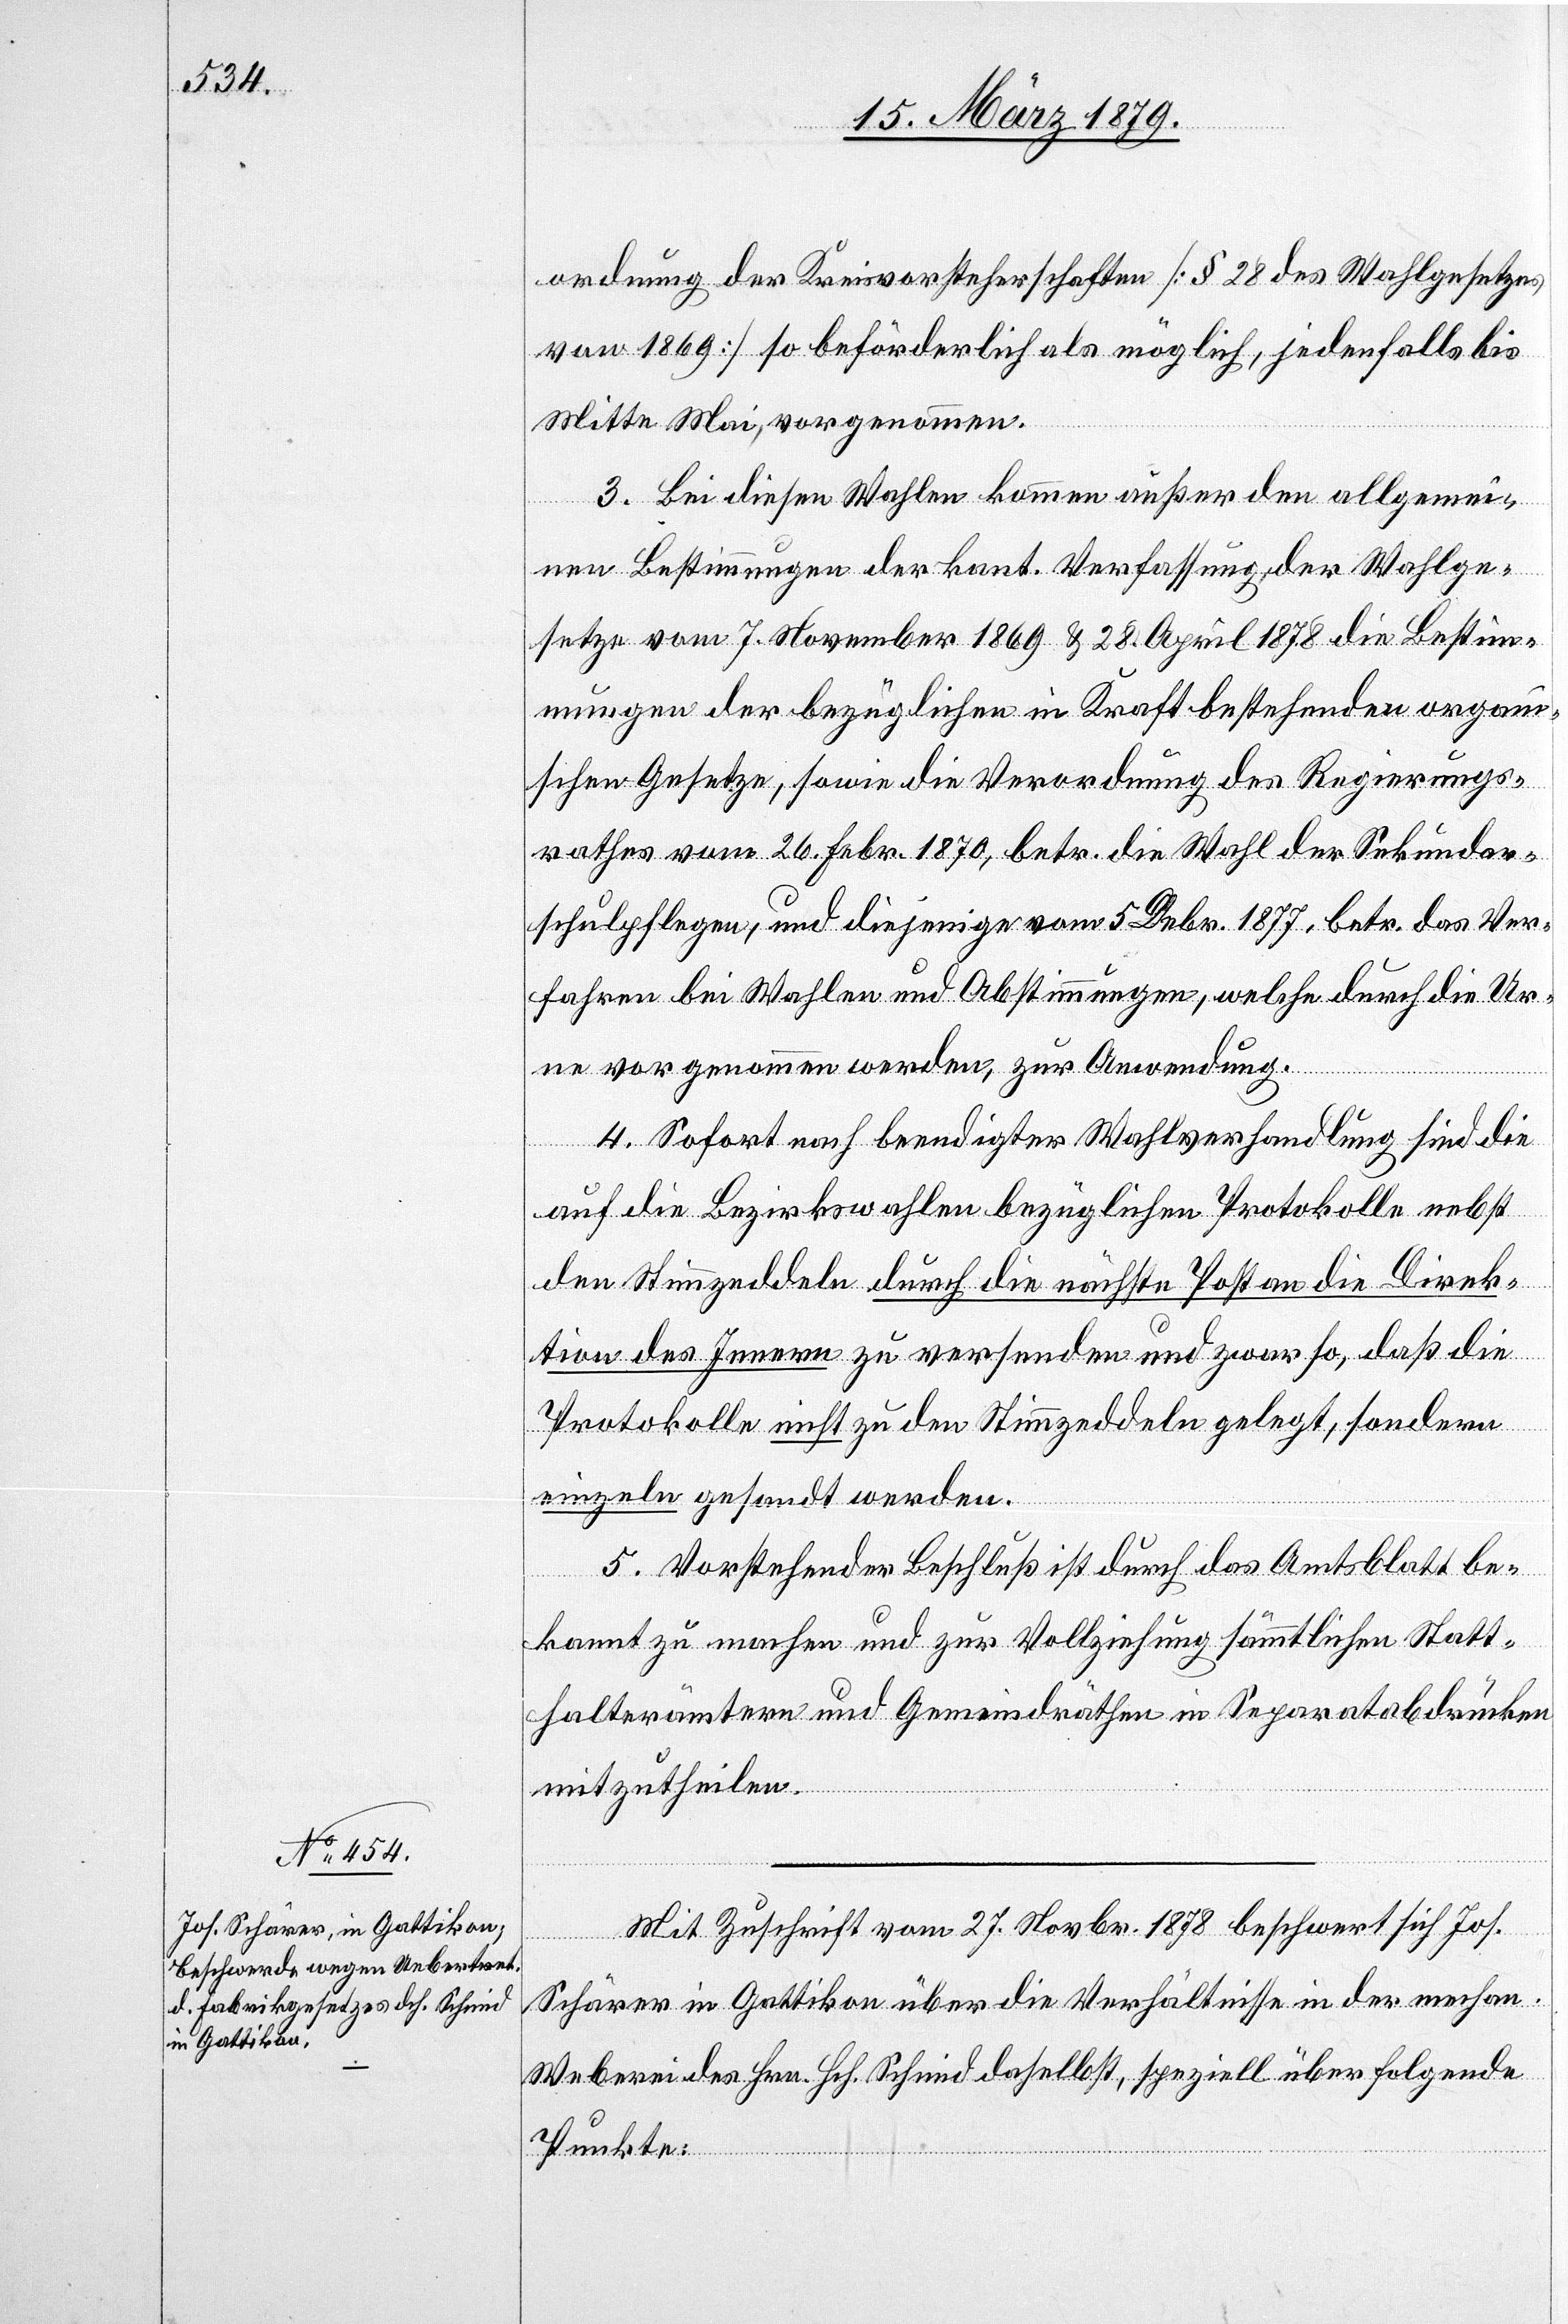
ordnung der Kreisvorsteherschaften [§ 28 des Wahlgesetzes
von 1869] so beförderlich als möglich, jedenfalls bis
Mitte Mai, vorgenommen.
3. Bei diesen Wahlen kommen außer den allgemei¬
nen Bestimmungen der kant. Verfassung, der Wahlge¬
setze vom 7. November 1869 & 28. April 1878 die Bestim¬
mungen der bezüglichen in Kraft bestehenden organi¬
schen Gesetze, sowie die Verordnung des Regierungs¬
rathes vom 26. Febr. 1870, betr. die Wahl der Sekundar¬
schulpflegen, und diejenige vom 5. Debr. [sic!] 1877, betr. das Ver¬
fahren bei Wahlen und Abstimmungen, welche durch die Ur¬
ne vorgenommen werden, zur Anwendung.
4. Sofort nach beendigter Wahlverhandlung sind die
auf die Bezirkswahlen bezüglichen Protokolle nebst
den Stimmzeddeln durch die nächste Post an die Direk¬
tion des Innern zu versenden und zwar so, daß die
Protokolle nicht zu den Stimmzeddeln gelegt, sondern
einzeln gesandt werden.
5. Vorstehender Beschluß ist durch das Amtsblatt be¬
kannt zu machen und zur Vollziehung sämmtlichen Statt¬
halterämtern und Gemeindräthen in Separatabdrücken
mitzutheilen.
Mit Zuschrift vom 27. Novbr. 1878 beschwert sich Jos.
Schärer in Gattikon über die Verhältnisse in der mechan.
Weberei des Hrn. Hch. Schmid daselbst, speziell über folgende
Punkte.